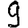
Digit: 9